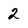
Character: 2